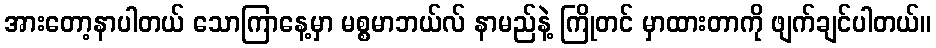
အားတော့နာပါတယ် သောကြာနေ့မှာ မစ္စမာဘယ်လ် နာမည်နဲ့ ကြိုတင် မှာထားတာကို ဖျက်ချင်ပါတယ်။